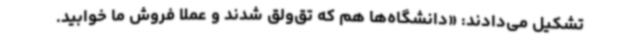
تشکیل می‌دادند: «دانشگاه‌ها هم که تق‌ولق شدند و عملا فروش ما خوابید.